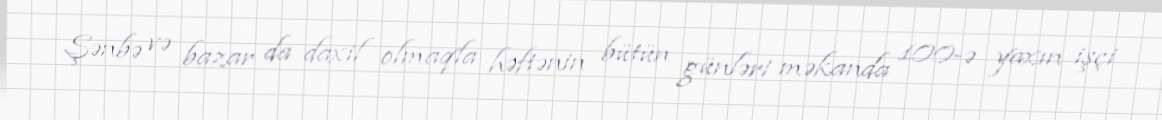
Şənbə və bazar da daxil olmaqla həftənin bütün günləri məkanda 100-ə yaxın işçi